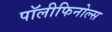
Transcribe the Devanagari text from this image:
पॉलीफिनोल्स